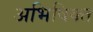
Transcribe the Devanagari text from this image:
अभिषिक्‍त